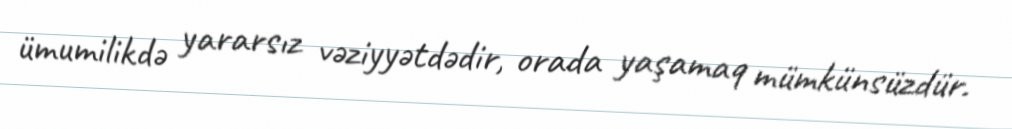
ümumilikdə yararsız vəziyyətdədir, orada yaşamaq mümkünsüzdür.